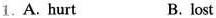
1.A. Hurt B. lost